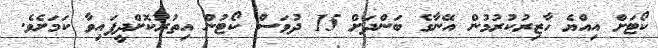
ކޯޓަށް އިއްޔެ ހާޒިރުކުރުމުން އޭނާގެ ބަންދަށް 15 ދުވަސް ކޯޓުން އިތުރުކޮށްދީފައިވާ ކަމަށެވެ.